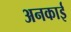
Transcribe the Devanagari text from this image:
अनकाई